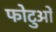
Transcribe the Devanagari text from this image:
फोटुओं